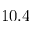
1 0 . 4